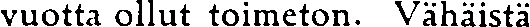
vuotta ollut toimeton. Vähäistä